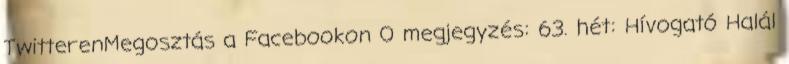
TwitterenMegosztás a Facebookon 0 megjegyzés: 63. hét: Hívogató Halál